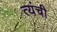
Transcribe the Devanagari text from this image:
त्यंची